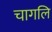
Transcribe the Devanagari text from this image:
चागलि